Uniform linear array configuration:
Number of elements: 32
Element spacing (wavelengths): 1
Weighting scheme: uniform
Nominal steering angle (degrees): -15
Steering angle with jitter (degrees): -16.068
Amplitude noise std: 0.05
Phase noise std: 0.05

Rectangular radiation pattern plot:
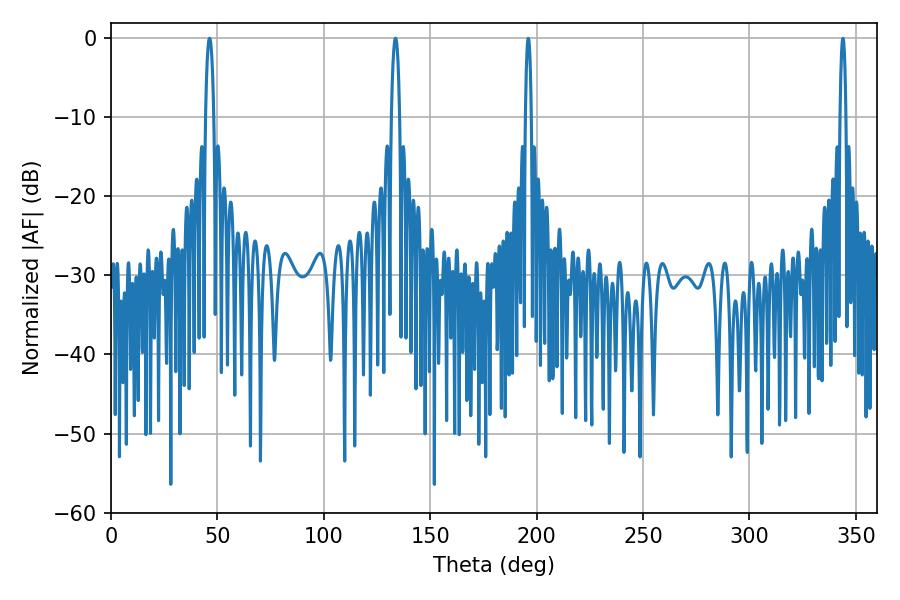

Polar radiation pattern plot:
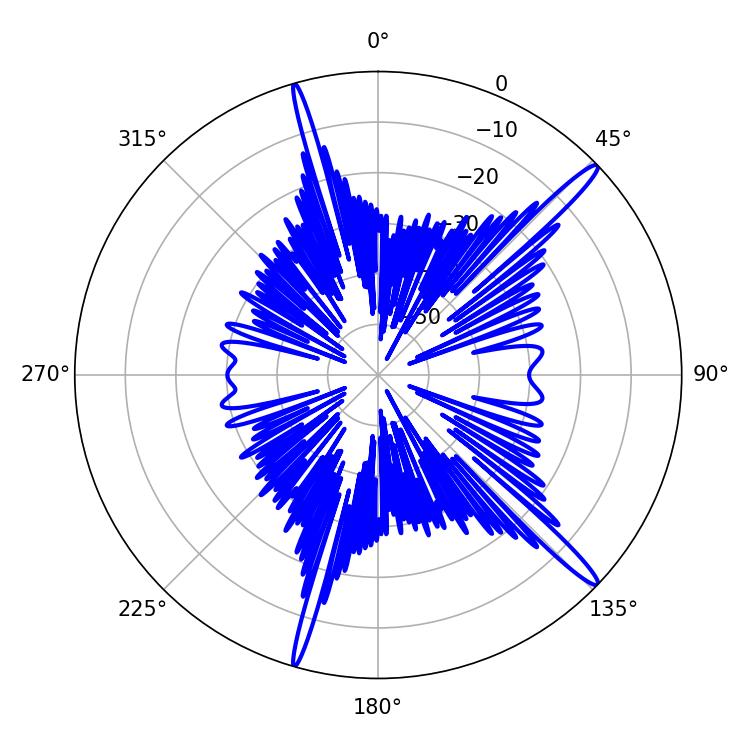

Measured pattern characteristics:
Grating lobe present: TRUE
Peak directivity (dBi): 16.285
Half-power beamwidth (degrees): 2.16
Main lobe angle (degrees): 46.26